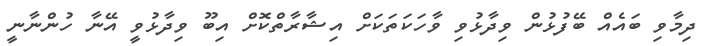
ދިމާވި ބައެއް ބޭފުޅުން ވިދާޅުވި ވާހަކަތަކަށް އިޝާރާތްކޮށް އިބޫ ވިދާޅުވީ އޭނާ ހުންނާނީ